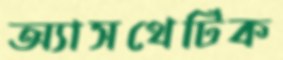
অ্যাসথেটিক